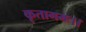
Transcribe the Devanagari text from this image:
कृतागमः।।